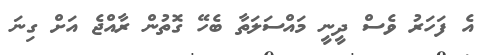
އެ ފަހަރު ވެސް ދީނީ މައްސަލަތާ ބެހޭ ގޮތުން ރާއްޖެ އަށް ގިނަ